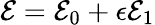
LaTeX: \mathcal{E}=\mathcal{E}_{0}+\epsilon\mathcal{E}_{1}